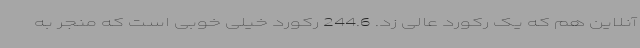
آنلاین هم که یک رکورد عالی زد. 244.6 رکورد خیلی خوبی است که منجر به